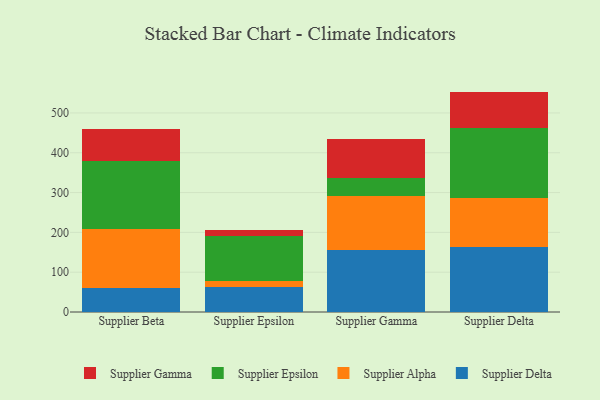
{"axis": {"x": "Supplier", "y": "Active Users"}, "legend": ["Supplier Alpha", "Supplier Delta", "Supplier Epsilon", "Supplier Gamma"], "data": [{"x": "Supplier Beta", "y": 61.4, "type": "Supplier Delta"}, {"x": "Supplier Beta", "y": 147.1, "type": "Supplier Alpha"}, {"x": "Supplier Beta", "y": 171.3, "type": "Supplier Epsilon"}, {"x": "Supplier Beta", "y": 80.1, "type": "Supplier Gamma"}, {"x": "Supplier Epsilon", "y": 63.8, "type": "Supplier Delta"}, {"x": "Supplier Epsilon", "y": 14.6, "type": "Supplier Alpha"}, {"x": "Supplier Epsilon", "y": 113.6, "type": "Supplier Epsilon"}, {"x": "Supplier Epsilon", "y": 12.8, "type": "Supplier Gamma"}, {"x": "Supplier Gamma", "y": 156.4, "type": "Supplier Delta"}, {"x": "Supplier Gamma", "y": 134.0, "type": "Supplier Alpha"}, {"x": "Supplier Gamma", "y": 47.2, "type": "Supplier Epsilon"}, {"x": "Supplier Gamma", "y": 95.8, "type": "Supplier Gamma"}, {"x": "Supplier Delta", "y": 164.4, "type": "Supplier Delta"}, {"x": "Supplier Delta", "y": 122.5, "type": "Supplier Alpha"}, {"x": "Supplier Delta", "y": 174.4, "type": "Supplier Epsilon"}, {"x": "Supplier Delta", "y": 92.3, "type": "Supplier Gamma"}]}